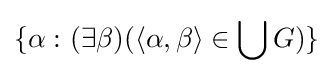
\{\alpha \,\colon (\exists \beta )(\langle \alpha ,\beta \rangle \in \bigcup G)\}